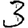
Digit: 3